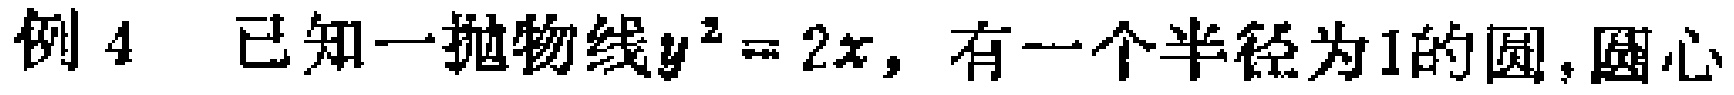
例 4 已知一抛物线$y^{2}=2x$，有一个半径为1的圆，圆心